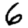
Digit: 6